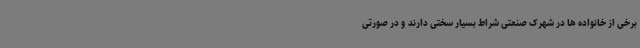
برخی از خانواده ها در شهرک صنعتی شراط بسیار سختی دارند و در صورتی